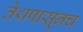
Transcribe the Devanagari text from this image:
तेथपासूनच